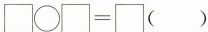
$$\Box \bigcirc \Box = \Box ( )$$